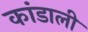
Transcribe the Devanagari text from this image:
कांडाली